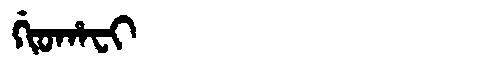
Manchu: ᡤᡳᠣᡥᠠᠸᡳ
Romanization: GIOHAFI